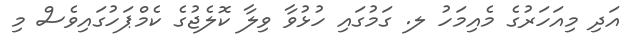
އަދި މިއަހަރުގެ މެއިމަހު ލ. ގަމުގައި ހުޅުވާ ވިލާ ކޮލެޖުގެ ކެމްޕަހުގައިވެސް މި